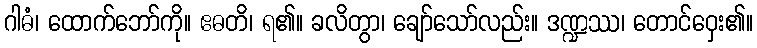
ဂါဓံ၊ ထောက်ဘော်ကို။ ဧဓတိ၊ ရ၏။ ခလိတွာ၊ ချော်သော်လည်း။ ဒဏ္ဍဿ၊ တောင်ဝှေး၏။